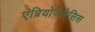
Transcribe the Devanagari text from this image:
एंब्रियोजेनेसिस